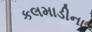
કલમાડીના